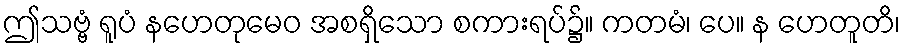
ဤသဗ္ဗံ ရူပံ နဟေတုမေဝ အစရှိသော စကားရပ်၌။ ကတမံ၊ ပေ။ န ဟေတူတိ၊